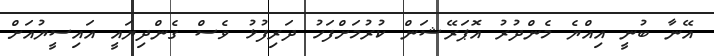
އޭނާ ބުނީ އިއްޔެ މެންދުރު އޮޕަރޭޝަން ކުރުމަށްފަހު ދަރިފުޅު ވެސް ގެންދިޔައީ އައިސީޔުއަށް